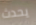
يحدث